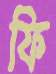
ফি